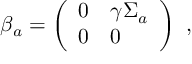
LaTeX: \beta _ { a } = \left( \begin{array} { l l } { { 0 } } & { { \gamma \Sigma _ { a } } } \\ { { 0 } } & { { 0 } } \end{array} \right) ~ ,